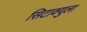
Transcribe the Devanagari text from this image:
सिटाक्युला